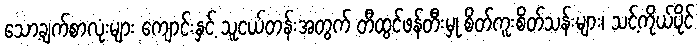
သော့ချက်စာလုံးများ ကျောင်းနှင့် သူငယ်တန်းအတွက် တီထွင်ဖန်တီးမှု စိတ်ကူးစိတ်သန်းများ၊ သင့်ကိုယ်ပိုင်